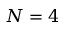
N = 4